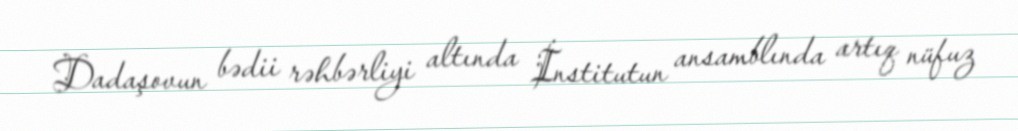
Dadaşovun bədii rəhbərliyi altında İnstitutun ansamblında artıq nüfuz